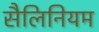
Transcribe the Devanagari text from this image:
सैलिनियम